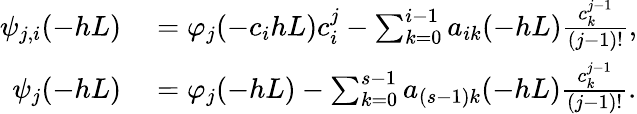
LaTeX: \begin{array}{rl}{\psi_{j,i}(-hL)}&{{}=\varphi_{j}(-c_{i}hL)c_{i}^{j}-\sum_{k=0}^{i-1}a_{ik}(-hL)\frac{c_{k}^{j-1}}{(j-1)!},}\\ {\psi_{j}(-hL)}&{{}=\varphi_{j}(-hL)-\sum_{k=0}^{s-1}a_{(s-1)k}(-hL)\frac{c_{k}^{j-1}}{(j-1)!}.}\end{array}